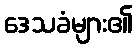
ဒေသခံများ၏